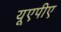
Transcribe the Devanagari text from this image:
यूएपीए